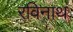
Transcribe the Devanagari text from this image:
रविनाथ